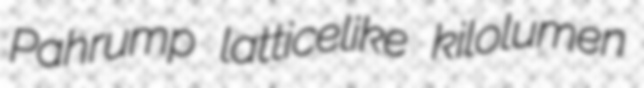
Pahrump latticelike kilolumen